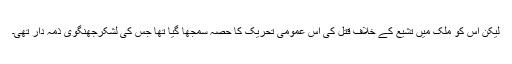
لیکن اس کو ملک میں تشیع کے خلاف قتل کی اس عمومی تحریک کا حصہ سمجھا گیا تھا جس کی لشکرجھنگوی ذمہ دار تھی۔